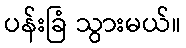
ပန်းခြံ သွားမယ်။